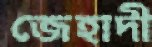
জেহাদী